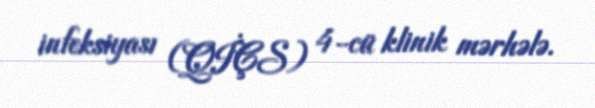
infeksiyası (QİÇS) 4-cü klinik mərhələ.